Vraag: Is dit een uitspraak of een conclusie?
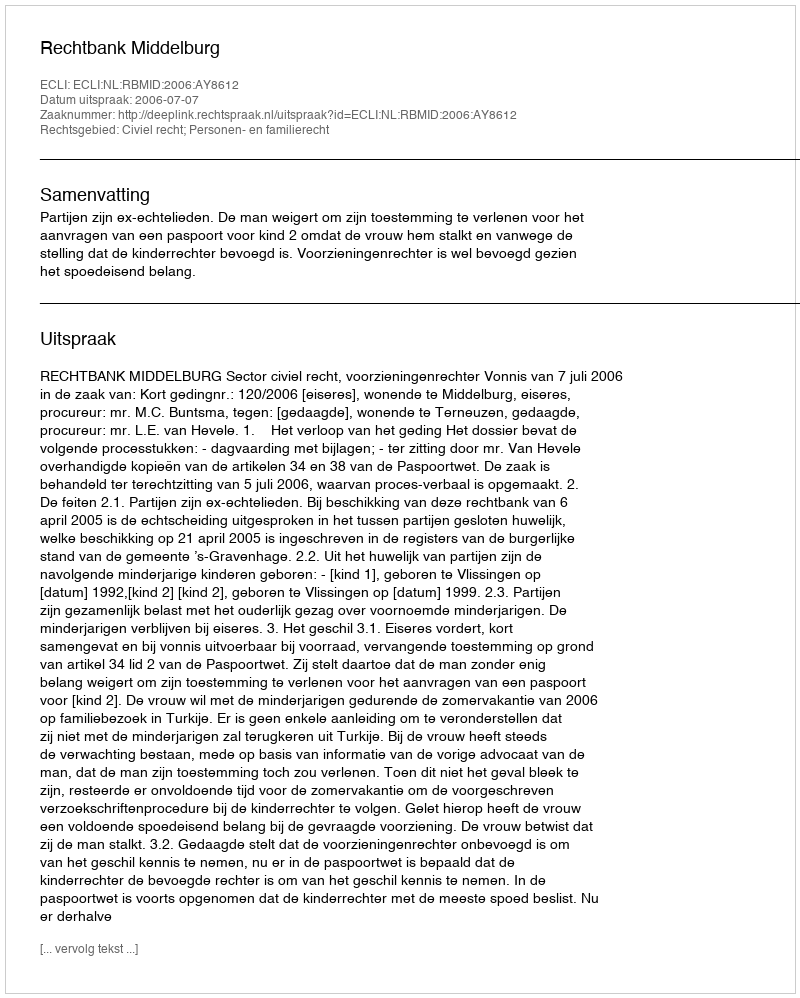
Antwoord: Uitspraak